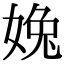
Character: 婏